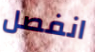
انفصل